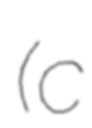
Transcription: (c